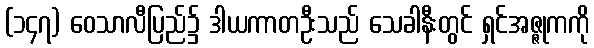
(၁၄၇) ဝေသာလီပြည်၌ ဒါယကာတဦးသည် သေခါနီးတွင် ရှင်အဇ္ဇုကကို